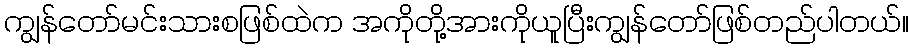
ကျွန်တော်မင်းသားစဖြစ်ထဲက အကိုတို့အားကိုယူပြီးကျွန်တော်ဖြစ်တည်ပါတယ်။